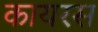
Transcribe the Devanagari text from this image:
कायरस